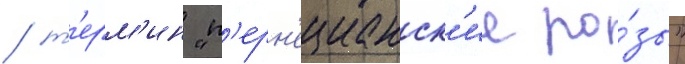
/ т'ерм'ин "п'ерн'ецианск'ие ро́зы"